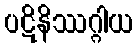
ပဋိနိဿဂ္ဂါယ